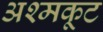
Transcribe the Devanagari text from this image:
अश्मकूट